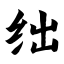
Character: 绌